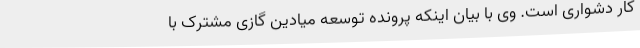
کار دشواری است. وی با بیان اینکه پرونده توسعه میادین گازی مشترک با